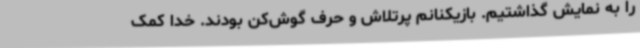
را به نمایش گذاشتیم. بازیکنانم پرتلاش و حرف‌ گوش‌کن بودند. خدا کمک